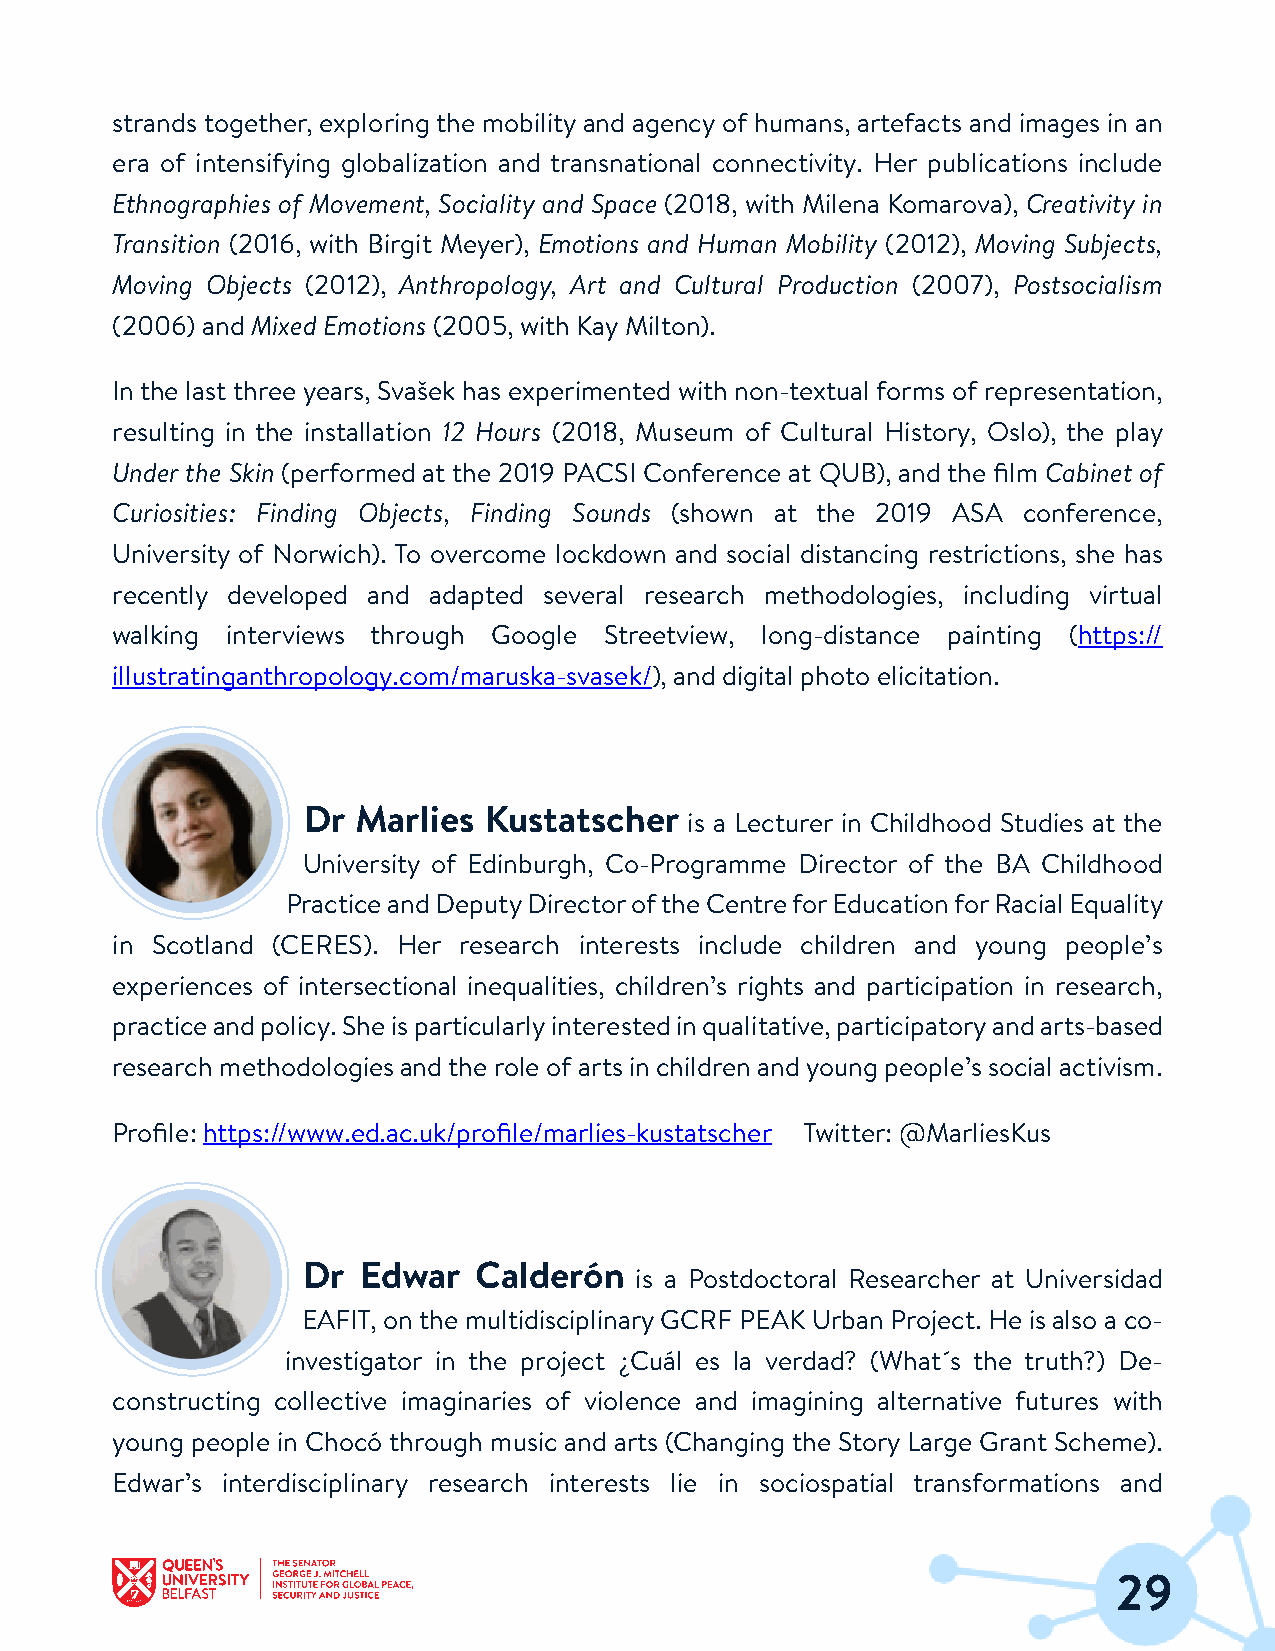
strands together, exploring the mobility and agency of humans, artefacts and images in an
 era of intensifying globalization and transnational connectivity. Her publications include
 Ethnographies of Movement, Sociality and Space (2018, with Milena Komarova), Creativity in
 Transition (2016, with Birgit Meyer), Emotions and Human Mobility (2012), Moving Subjects,
 Moving Objects (2012), Anthropology, Art and Cultural Production (2007), Postsocialism
 (2006) and Mixed Emotions (2005, with KayMilton).
 In the last three years, Svašek has experimented with non-textual forms of representation,
 resulting in the installation 12 Hours (2018, Museum of Cultural History, Oslo), the play
 Underthe Skin (performed at the 2019 PACSI Conference at QUB), and the film Cabinet of
 Curiosities: Finding Objects, Finding Sounds (shown at the 2019 ASA conference,
 University of Norwich). To overcome lockdown and social distancing restrictions, she has
 recently developed and adapted several research methodologies, including virtual
 walking interviews through Google Streetview, long-distance painting (https://
 illustratinganthropology.com/maruska-svasek/), and digital photo elicitation.
 Dr  Marlies Kustatscher
 is a Lecturer in Childhood Studies at the
 University of Edinburgh, Co-Programme Director of the BA Childhood
 PracticeandDeputyDirectoroftheCentreforEducationforRacialEquality
 in Scotland (CERES). Her research interests include children and young people’s
 experiences of intersectional inequalities, children’s rights and participation in research,
 practiceandpolicy.Sheisparticularlyinterestedinqualitative,participatoryandarts-based
 research methodologies andthe role of arts in children and young people’s social activism.
 Profile: https://www.ed.ac.uk/profile/marlies-kustatscher Twitter: @MarliesKus
 Dr  Edwar  Calderón
 is a Postdoctoral Researcher at Universidad
 EAFIT, onthe multidisciplinaryGCRF PEAK Urban Project. He is also a co-
 investigator in the project ¿Cuál es la verdad? (What´s the truth?) De-
 constructing collective imaginaries of violence and imagining alternative futures with
 young people in Chocó through music and arts (Changing the Story Large Grant Scheme).
 Edwar’s interdisciplinary research interests lie in sociospatial transformations and
 29